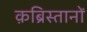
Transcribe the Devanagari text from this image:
क़ब्रिस्तानों